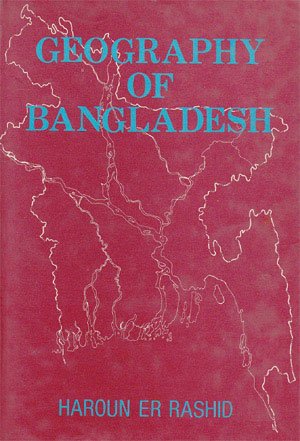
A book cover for Geography of Bangladesh; Haroun Er Rashid; Travel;